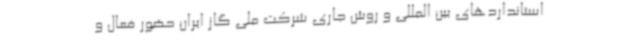
استانداردهای بین المللی و روش جاری شرکت ملی گاز ایران حضور فعال و